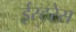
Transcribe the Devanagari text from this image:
ईस्टरेस